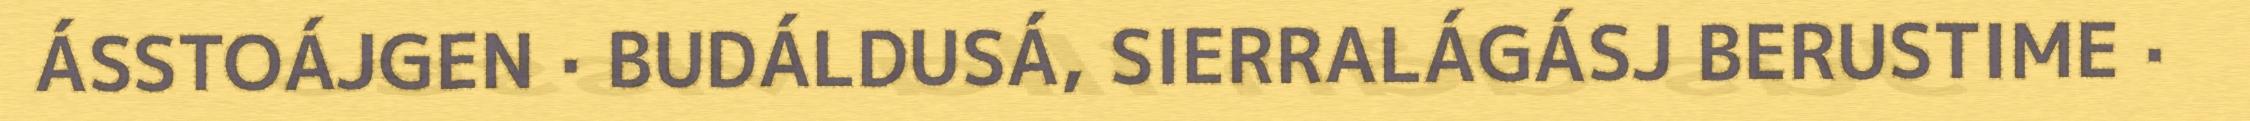
ÁSSTOÁJGEN · BUDÁLDUSÁ, SIERRALÁGÁSJ BERUSTIME ·